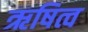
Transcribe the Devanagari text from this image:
ऋषित्व